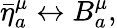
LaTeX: \bar{\eta}_{a}^{\mu}\leftrightarrow B_{a}^{\mu},